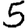
Digit: 5